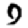
Digit: 9